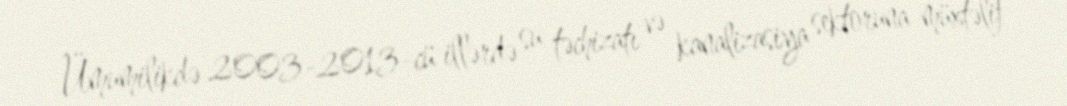
Ümumilikdə 2003-2013-cü illərdə su təchizatı və kanalizasiya sektoruna müxtəlif